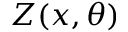
\boldsymbol { Z } ( \boldsymbol { x } , \theta )